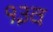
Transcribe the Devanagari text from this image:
१३व